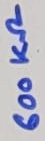
Text: 600KΩ